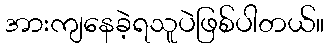
အားကျနေခဲ့ရသူပဲဖြစ်ပါတယ်။